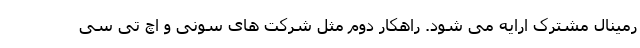
رمینال مشترک ارایه می شود. راهکار دوم مثل شرکت های سونی و اچ تی سی